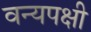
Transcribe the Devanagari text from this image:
वन्यपक्षी